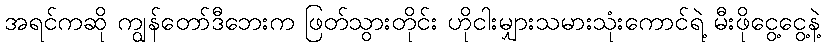
အရင်ကဆို ကျွန်တော်ဒီဘေးက ဖြတ်သွားတိုင်း ဟိုငါးမျှားသမားသုံးကောင်ရဲ့ မီးဖိုငွေ့ငွေ့နဲ့